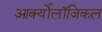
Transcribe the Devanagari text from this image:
आर्क्योलॉजिकल